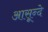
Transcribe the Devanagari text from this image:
आसून्दे